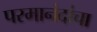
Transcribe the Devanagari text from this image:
परमानंदांचा